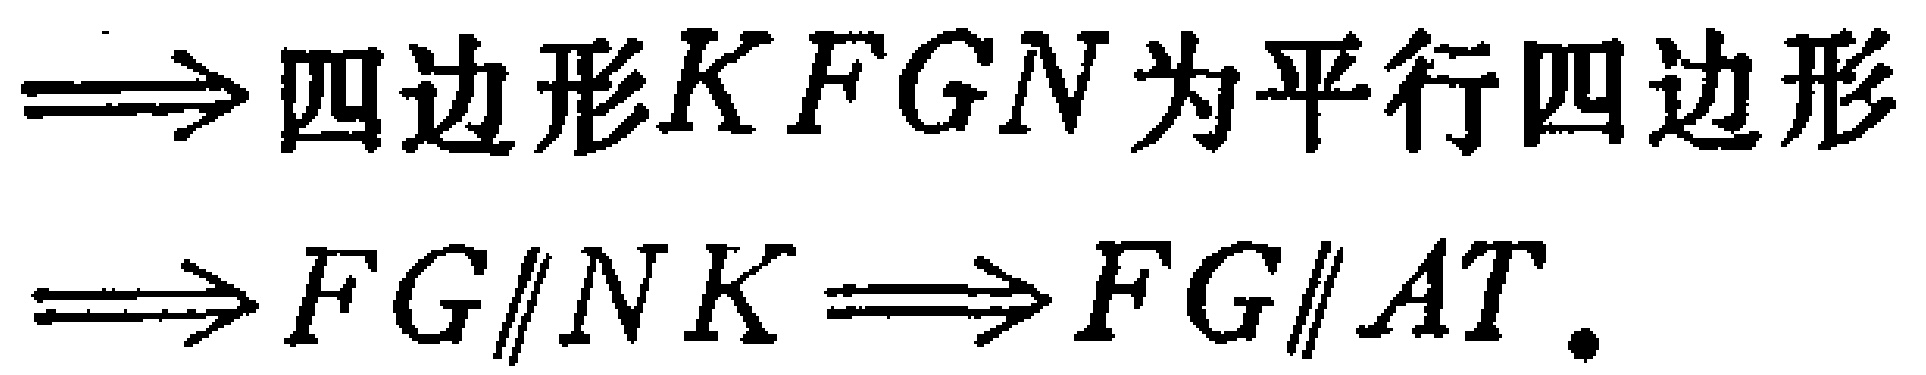
$\Longrightarrow 四边形KFGN为平行四边形$
$\Longrightarrow FG\parallel NK\Longrightarrow FG\parallel AT.$